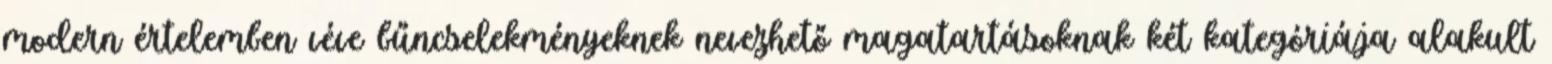
modern értelemben véve bűncselekményeknek nevezhető magatartásoknak két kategóriája alakult